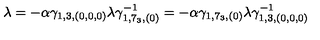
\lambda = - \alpha \gamma _ { 1 , 3 , ( 0 , 0 , 0 ) } \lambda \gamma _ { 1 , 7 _ { 3 } , ( 0 ) } ^ { - 1 } = - \alpha \gamma _ { 1 , 7 _ { 3 } , ( 0 ) } \lambda \gamma _ { 1 , 3 , ( 0 , 0 , 0 ) } ^ { - 1 }